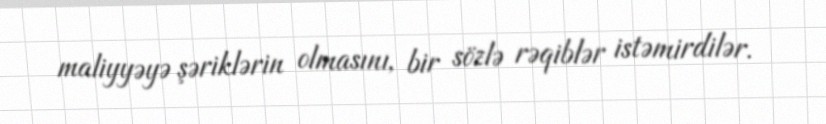
maliyyəyə şəriklərin olmasını, bir sözlə rəqiblər istəmirdilər.